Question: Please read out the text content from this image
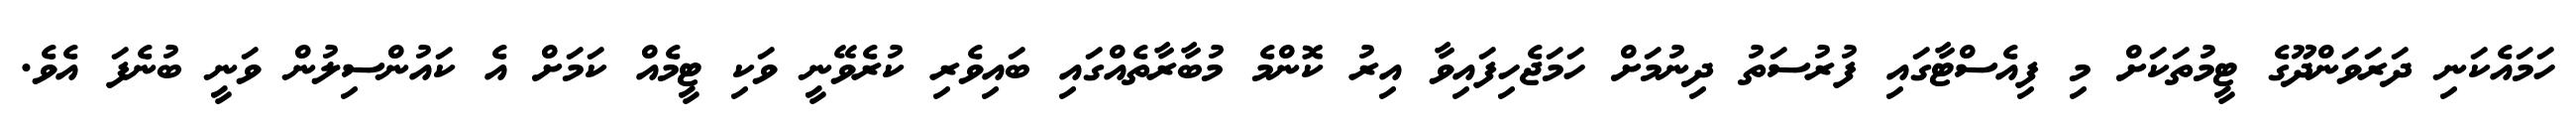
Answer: ހަމައެކަނި ދަރަވަންދޫގެ ޓީމުތަކަށް މި ފިއެސްޓާގައި ފުރުސަތު ދިނުމަށް ހަމަޖެހިފައިވާ އިރު ކޮންމެ މުބާރާތެއްގައި ބައިވެރި ކުރެވޭނީ ވަކި ޓީމެއް ކަމަށް އެ ކައުންސިލުން ވަނީ ބުނެފަ އެވެ.